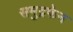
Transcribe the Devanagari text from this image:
समुद्रफेन